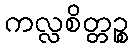
ကလ္လစိတ္တဉ္စ